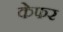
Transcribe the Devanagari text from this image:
केफर